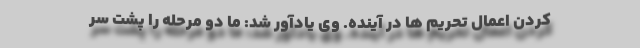
کردن اعمال تحریم ها در آینده. وی یادآور شد: ما دو مرحله را پشت سر